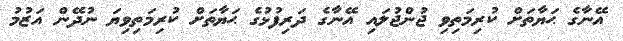
އޭނާގެ ޙަޔާތަށް ކުރިމަތިވި ޖުންޖުލައި އޭނާގެ ދަރިފުޅުގެ ޙަޔާތަށް ކުރިމަތިވިޔަ ނުދޭން އަޒުމު